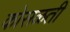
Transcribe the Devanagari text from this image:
कोसळती